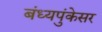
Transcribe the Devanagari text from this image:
बंध्यपुंकेसर